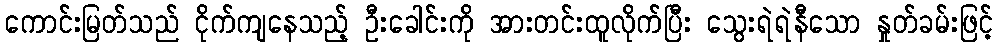
ကောင်းမြတ်သည် ငိုက်ကျနေသည့် ဦးခေါင်းကို အားတင်းထူလိုက်ပြီး သွေးရဲရဲနီသော နှုတ်ခမ်းဖြင့်